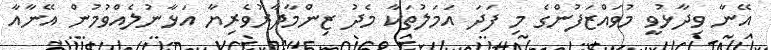
އޭނާ ވިދާޅުވީ މުވައްޒަފުންގެ މި ފަދަ އަމަލުތަކާ މެދު ޒިންމާދާރުވެރިޔާ އަޅާނުލެއްވުމުން އޭނާއާ